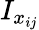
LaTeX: I_{x_{ij}}